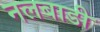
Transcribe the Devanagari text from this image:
नलबाडी